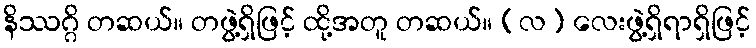
နိဿဂ္ဂိ တဆယ်။ တဖွဲ့ရှိဖြင့် ထို့အတူ တဆယ်။ (လ) လေးဖွဲ့ရှိရာရှိဖြင့်